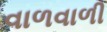
વાળવાળી